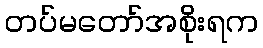
တပ်မတော်အစိုးရက